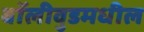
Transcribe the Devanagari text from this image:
बॉलीवुडमधील